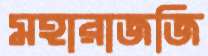
মহারাজজি